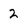
Character: 2